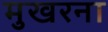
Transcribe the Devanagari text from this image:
मुखरना